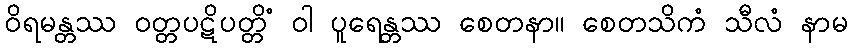
ဝိရမန္တဿ ဝတ္တပဋိပတ္တိံ ဝါ ပူရေန္တဿ စေတနာ။ စေတသိကံ သီလံ နာမ